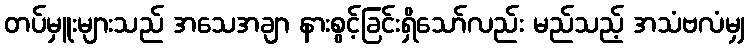
တပ်မှူးများသည် အသေအချာ နားစွင့်ခြင်းရှိသော်လည်း မည်သည့် အသံဗလံမျှ